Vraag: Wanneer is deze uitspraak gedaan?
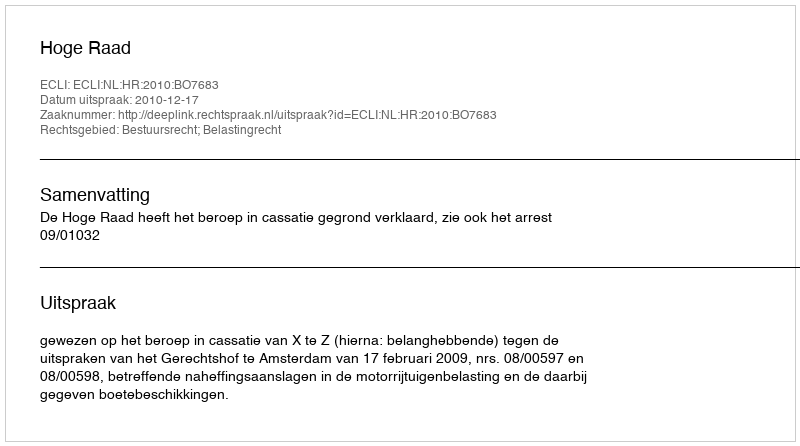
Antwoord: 2010-12-17